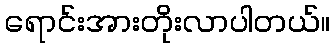
ရောင်းအားတိုးလာပါတယ်။